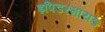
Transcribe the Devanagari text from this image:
इपिडरमॉयड